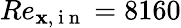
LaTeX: Re_{\mathbf{x},\mathrm{{~i~n~}}}=8160